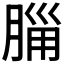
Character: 𣎂